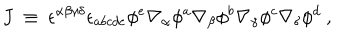
J ~ \equiv ~ \epsilon ^ { \alpha \beta \gamma \delta } \epsilon _ { a b c d e } \phi ^ { e } \nabla _ { \alpha } \phi ^ { a } \nabla _ { \beta } \phi ^ { b } \nabla _ { \gamma } \phi ^ { c } \nabla _ { \delta } \phi ^ { d } ~ ,